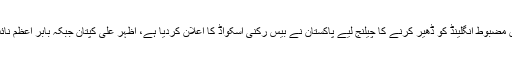
انگلش کنڈیشن میں مضبوط انگلینڈ کو ڈھیر کرنے کا چیلنج لیے پاکستان نے بیس رکنی اسکواڈ کا اعلان کردیا ہے، اظہر علی کپتان جبکہ بابر اعظم نائب کپتان ہوں گے۔